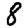
Digit: 8